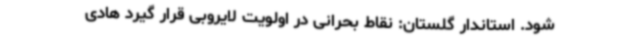
شود. استاندار گلستان: نقاط بحرانی در اولویت لایروبی قرار گیرد هادی